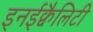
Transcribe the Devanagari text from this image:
इनईक्वैलिटी